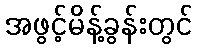
အဖွင့်မိန့်ခွန်းတွင်